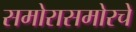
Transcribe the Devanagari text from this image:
समोरासमोरचे